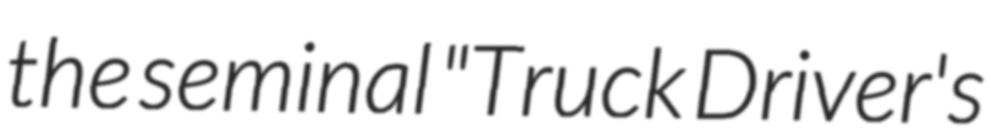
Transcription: the seminal "Truck Driver's